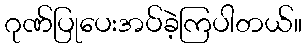
ဂုဏ်ပြုပေးအပ်ခဲ့ကြပါတယ်။